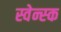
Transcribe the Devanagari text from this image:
स्वेन्स्क